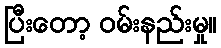
ပြီးတော့ ဝမ်းနည်းမှု။